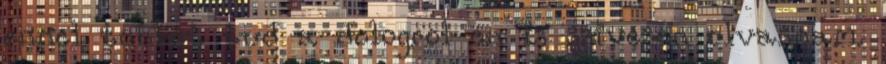
ennel tobbet tud a dologrol en is szivesen olvasnam.